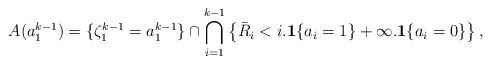
LaTeX: \begin{align*}A(a_{1}^{k-1}) = \{\zeta_{1}^{k-1}=a_{1}^{k-1}\}\cap\bigcap_{i=1}^{k-1}\left\{\bar R_i <i.{\bf 1}\{a_i=1\}+\infty.{\bf1}\{a_i=0\}\right\}, \end{align*}